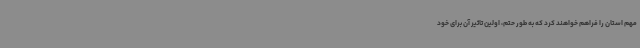
مهم استان را فراهم خواهند کرد که به طور حتم، اولین تاثیر آن برای خود